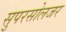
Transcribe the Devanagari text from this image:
सुपरसोलजर